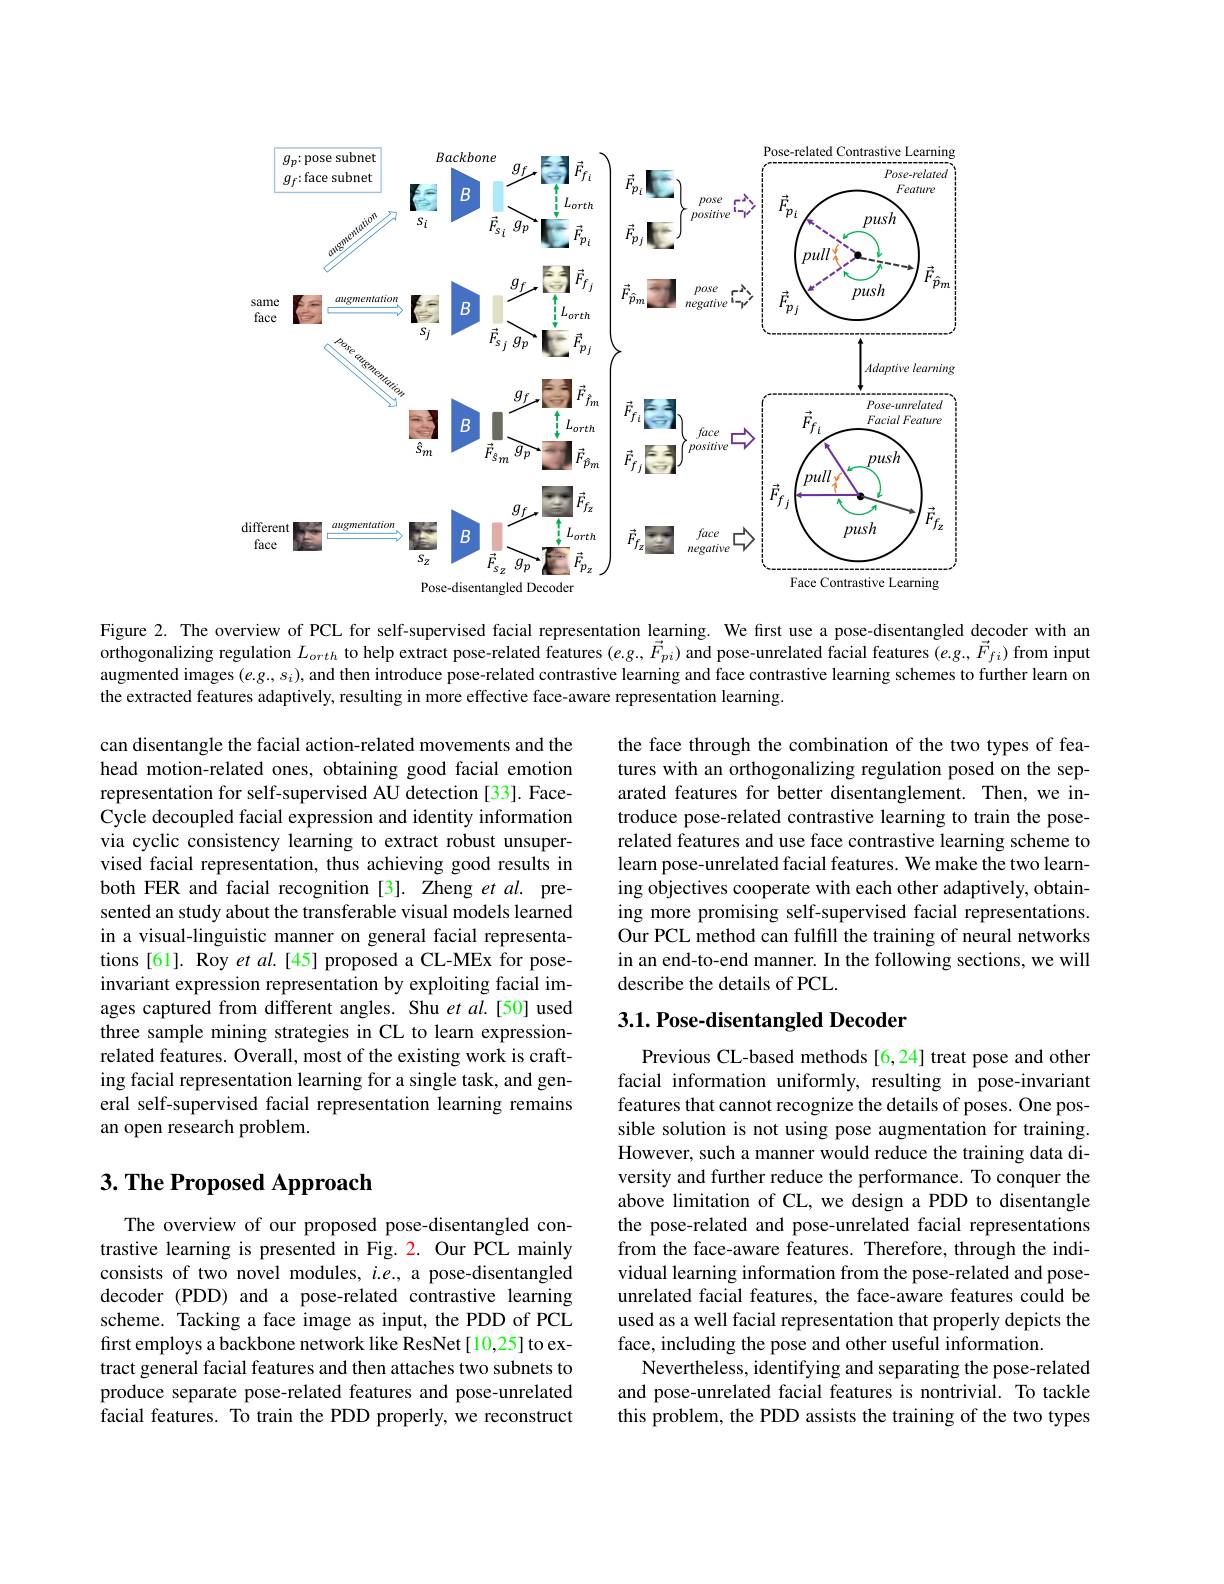
<FigureHere>

Figure 2. The overview of PCL for self-supervised facial representation learning. We first use a pose-disentangled decoder with an $\tilde{\text{orthogonalizing regulation }L_{orth}}$ to help extract pose-related features $(e.g.,\vec{F}_{pi})$ and pose-unrelated facial features $(e.g.,\vec{F}_{fi})$ from input augmented images $(e.g..s_i)$, and then introduce pose-related contrastive learning and face contrastive learning schemes to further learn on the extracted features adaptively, resulting in more effective face-aware representation learning.

the face through the combination of the two types of features with an orthogonalizing regulation posed on the separated features for better disentanglement. Then, we introduce pose-related contrastive learning to train the poserelated features and use face contrastive learning scheme to learn pose-unrelated facial features. We make the two learning objectives cooperate with each other adaptively, obtaining more promising self-supervised facial representations. Our PCL method can fulfill the training of neural networks in an end-to-end manner. In the following sections, we will describe the details of PCL.

can disentangle the facial action-related movements and the head motion-related ones, obtaining good facial emotion representation for self-supervised AU detection [33]. FaceCycle decoupled facial expression and identity information via cyclic consistency learning to extract robust unsupervised facial representation, thus achieving good results in both FER and facial recognition [3]. Zheng et $al.$ presented an study about the transferable visual models learned in a visual-linguistic manner on general facial representations [61]. Roy et al.[45] proposed a CL-MEx for poseinvariant expression representation by exploiting facial images captured from different angles. Shu et al.[50] used three sample mining strategies in CL to learn expressionrelated features. Overall, most of the existing work is crafting facial representation learning for a single task, and general self-supervised facial representation learning remains an open research problem.

### $3. 1. \textbf{Pose- disentangled Decoder}$

# $3. \textbf{ The Proposed Approach}$

Previous CL-based methods [6,24] treat pose and other facial information uniformly, resulting in pose-invariant features that cannot recognize the details of poses. One possible solution is not using pose augmentation for training. However, such a manner would reduce the training data diversity and further reduce the performance. To conquer the above limitation of CL, we design a PDD to disentangle the pose-related and pose-unrelated facial representations from the face-aware features. Therefore, through the individual learning information from the pose-related and poseunrelated facial features, the face-aware features could be used as a well facial representation that properly depicts the face, including the pose and other useful information.
Nevertheless, identifying and separating the pose-related and pose-unrelated facial features is nontrivial. To tackle this problem, the PDD assists the training of the two types

The overview of our proposed pose-disentangled contrastive learning is presented in Fig.2. Our PCL mainly consists of two novel modules, $i.e.$, a pose-disentangled decoder (PDD) and a pose-related contrastive learning scheme. Tacking a face image as input, the PDD of PCL first employs a backbone network like ResNet[10,25] to extract general facial features and then attaches two subnets to produce separate pose-related features and pose-unrelated facial features. To train the PDD properly, we reconstruct